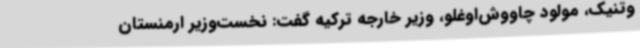
وتنیک، مولود چاووش‌اوغلو، وزیر خارجه ترکیه گفت: نخست‌وزیر ارمنستان